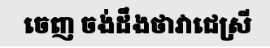
ចេញ ចង់ដឹងថាវាជេស្រី